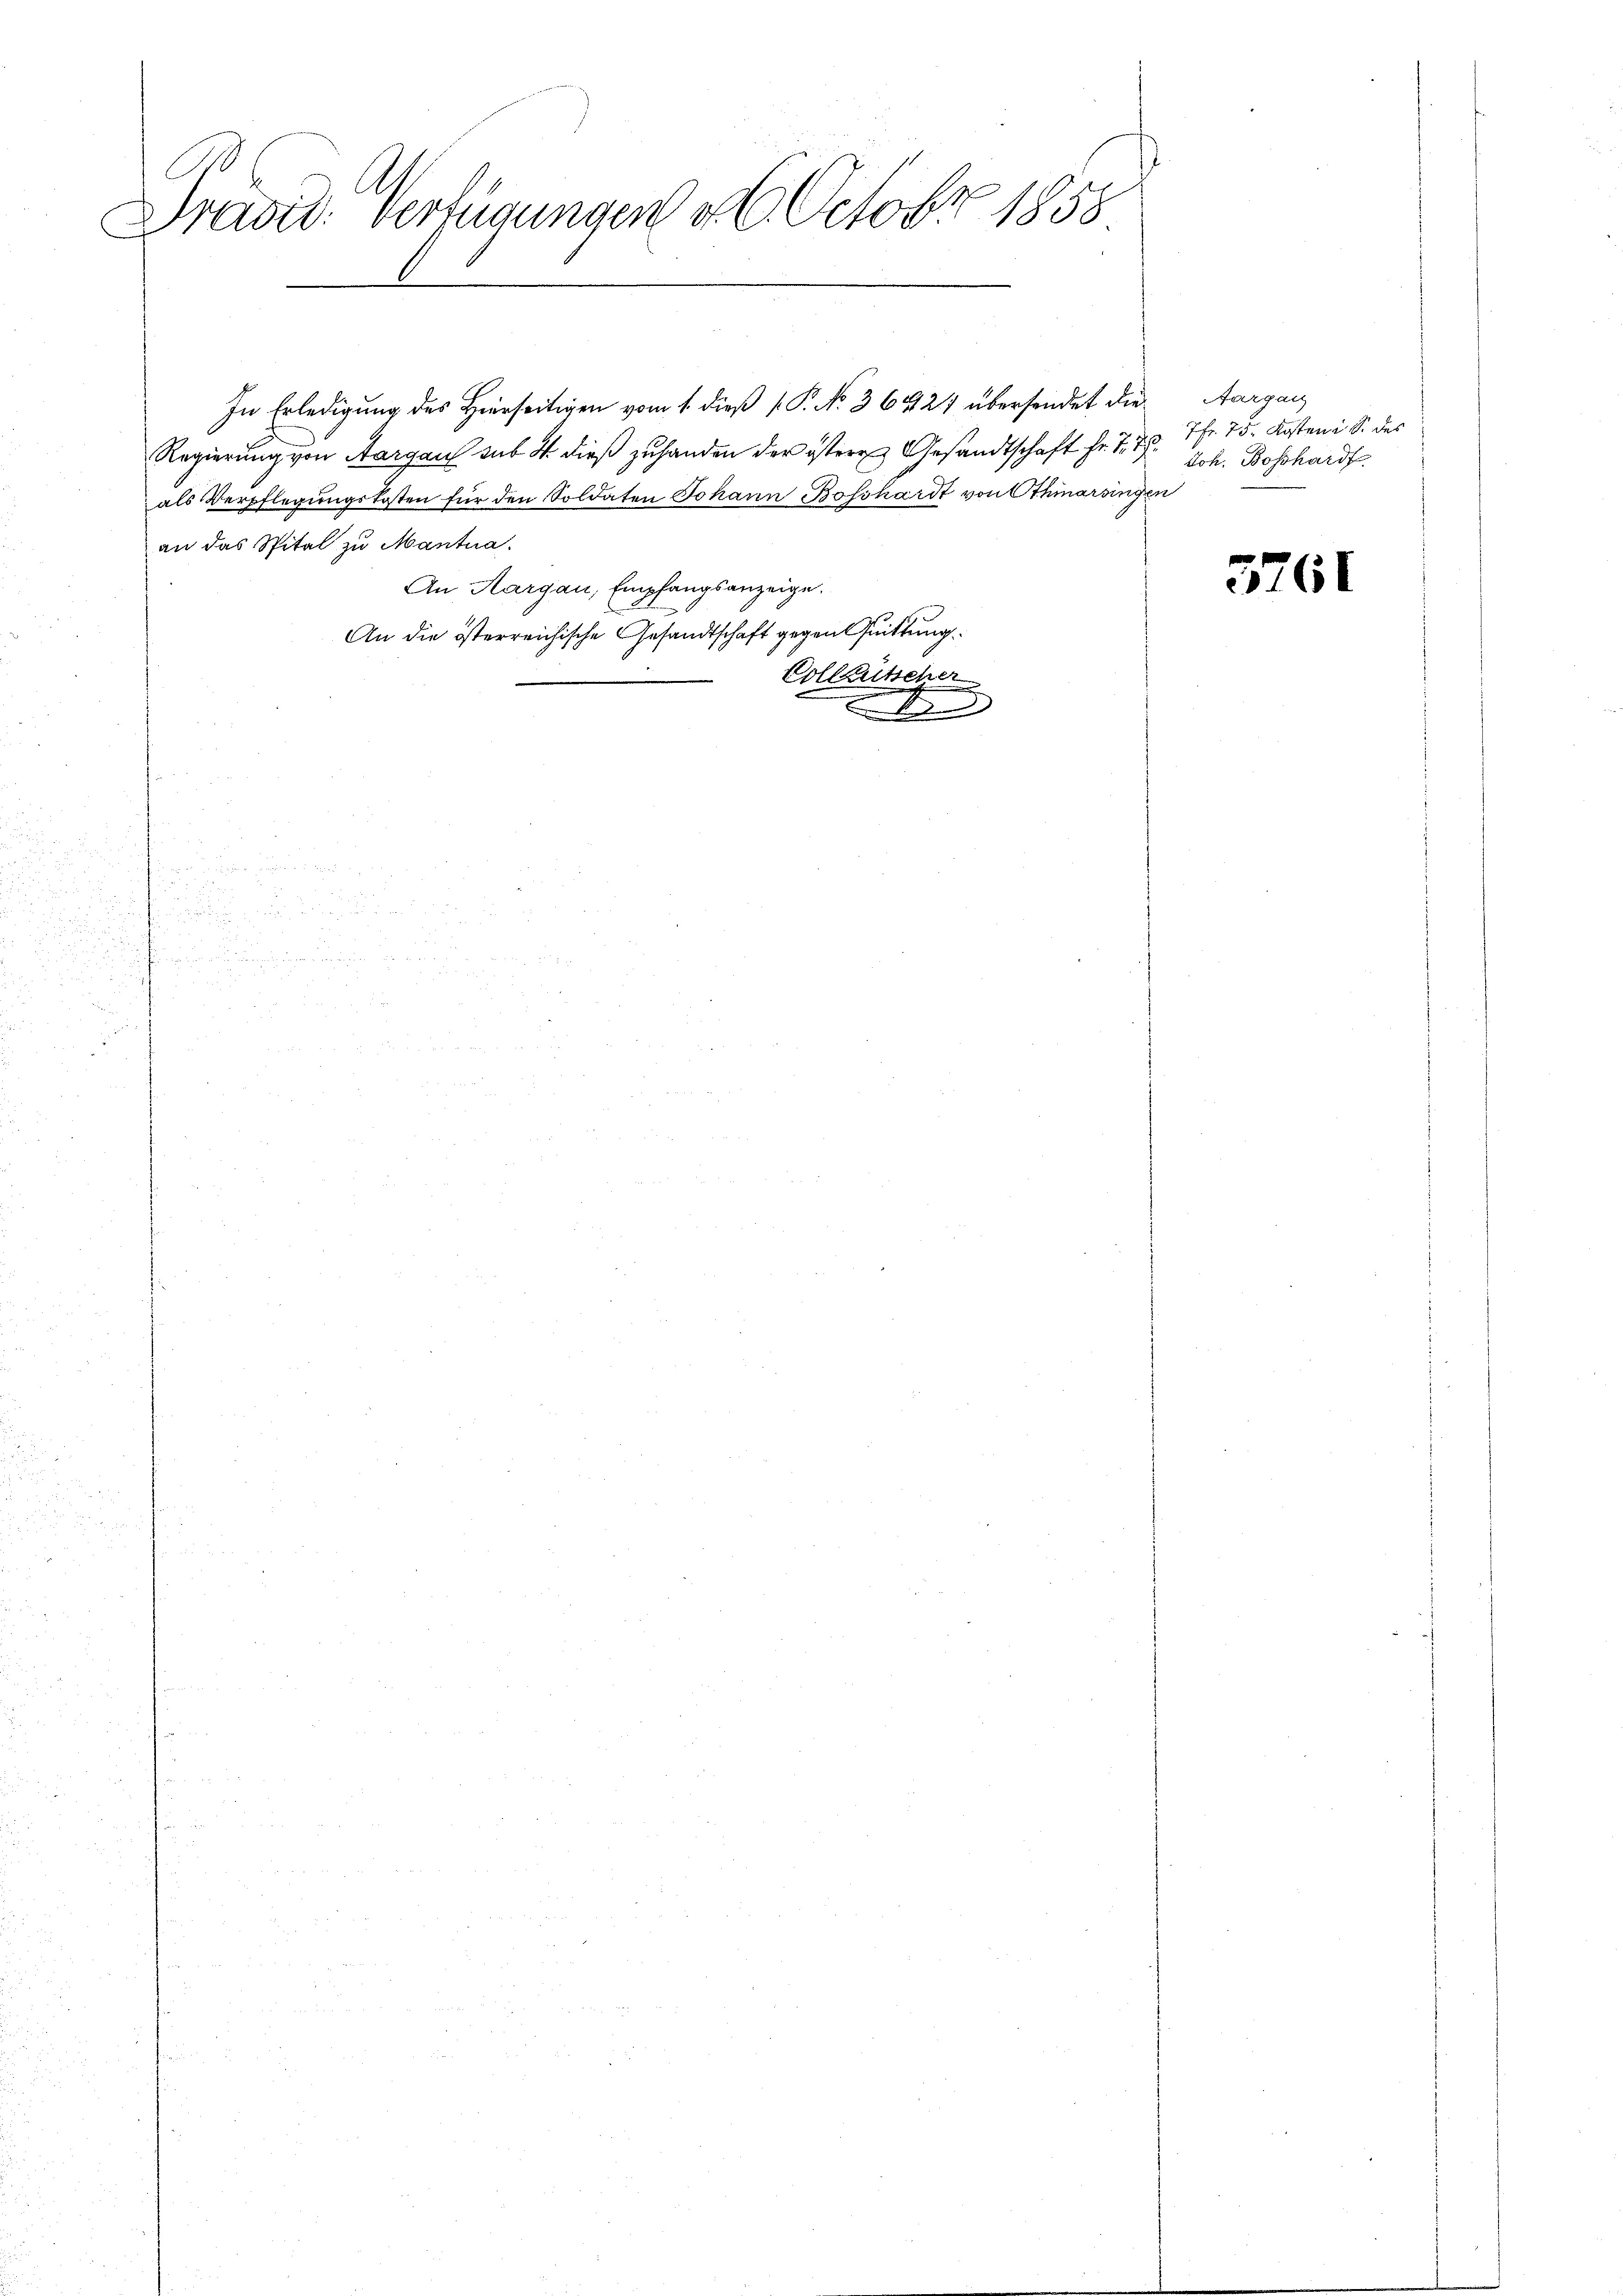
Dradid: Verfügungen d. 6. Octobr 1858

In Erledigung des Hierseitigen vom 1. dieß P. No. 36424 übersendet die Aargau
Regierung von Aargau sub. 4. dieß zuhanden der östere Gesandtschaft Hr. T. T.
als Verpflegŭngskosten für den Soldaten Johann Bosshardt von Othmarsingen
an das Spital zu Mantua
An Aargau, Empfangsanzeige.
An die österreichische Gesandtschaft gegen Quittung
Collkutscher
t

7fr. 75. Kosten i S. des
Joh. Bosshardt.

5761